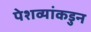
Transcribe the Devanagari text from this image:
पेशव्यांकडुन